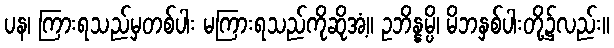
ပန၊ ကြားရသည်မှတစ်ပါး မကြားရသည်ကိုဆိုအံ့။ ဥဘိန္နမ္ပိ၊ မိဘနှစ်ပါးတို့၌လည်း။